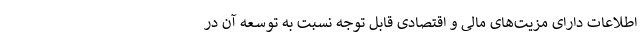
اطلاعات دارای مزیت‌های مالی و اقتصادی قابل توجه نسبت به توسعه آن در